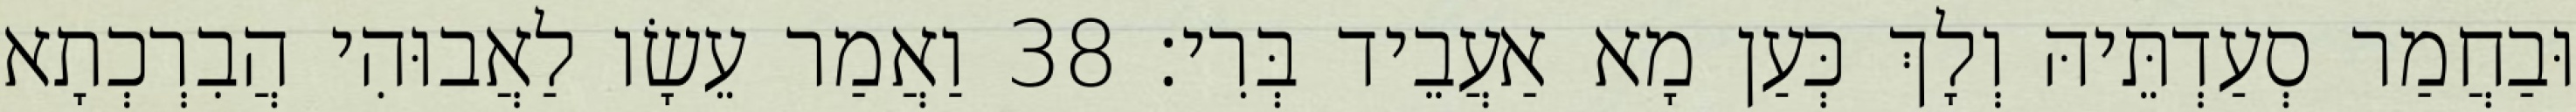
וּבַחֲמַר סְעַדְתֵּיהּ וְלָךְ כְּעַן מָא אַעֲבֵיד בְּרִי׃ 38 וַאֲמַר עֵשָׂו לַאֲבוּהִי הֲבִרְכְתָא